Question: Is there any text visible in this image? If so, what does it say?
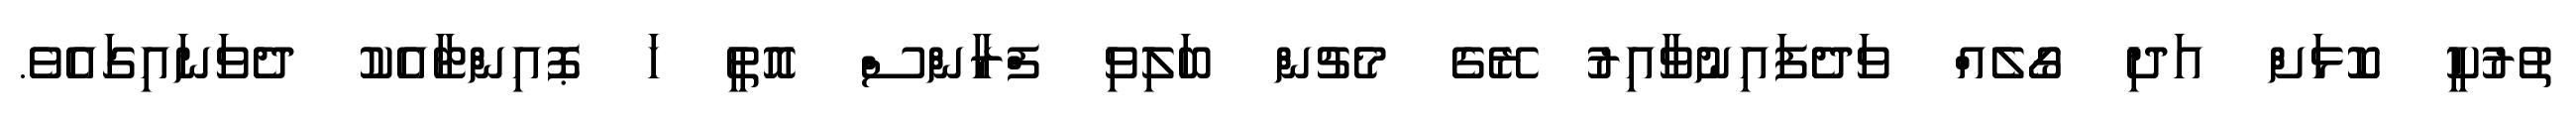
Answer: ތުރުކީ ކޮޅަށް އަދި ގޯލެއް ވަދެފައިނުވާއިރު ރޭގެ މެޗުން ބަލިވި ފްރާންސް އޮތީ ހަ ޕޮއިންޓާއެކު ދެވަނައިގައެވެ.